Indian journal of veterinary science and animal husbandry - Volumes 28-29, 1958-1959
Year: 1958
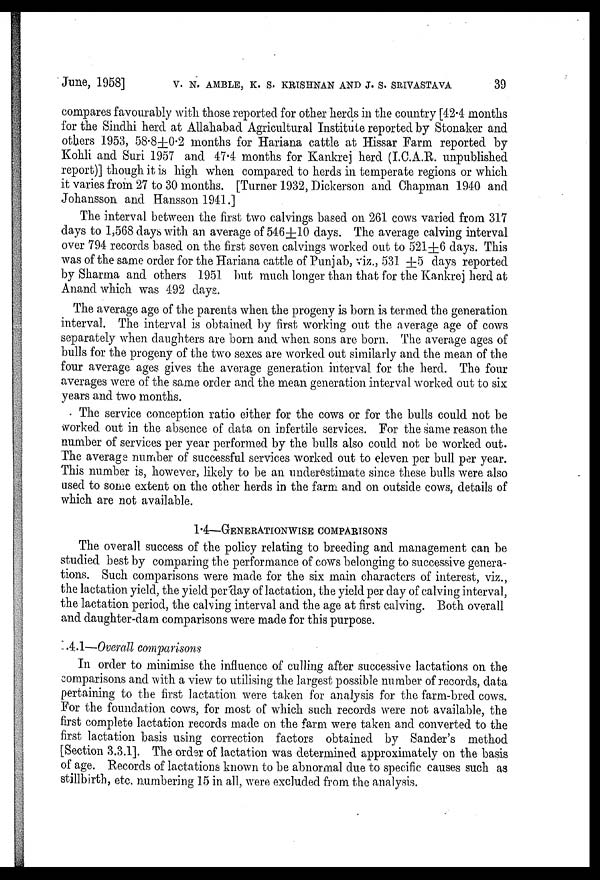
June, 1958] V. N. AMBLE, K. S. KRISENAN AND J. S. SRIVASTAVA 39
compares favourably with those reported for other herds in the country [42.4 months
for the Sindhi herd at Allahabad Agricultural Institute reported by Stonaker and
others 1953, 58.8±0.2 months for Hariana cattle at Hissar Farm reported by
Kohli and Suri 1957 and 47.4 months for Kankrej herd (I.C.A.R. unpublished
report)] though it is high when compared to herds in temperate regions or which
it varies from 27 to 30 months. [Turner 1932, Dickerson and Chapman 1940 and
Johansson and Hansson 1941.]
The interval between the first two calvings based on 261 cows varied from 317
days to 1,568 days with an average of 546±10 days. The average calving interval
over 794 records based on the first seven calvings worked out to 521±6 days. This
was of the same order for the Hariana cattle of Punjab, viz., 531 ±5 days reported
by Sharma and others 1951 but much longer than that for the Kankrej herd at
Anand which was 492 days.
The average age of the parents when the progeny is born is termed the generation
interval. The interval is obtained by first working out the average age of cows
separately when daughters are born and when sons are born. The average ages of
bulls for the progeny of the two sexes are worked out similarly and the mean of the
four average ages gives the average generation interval for the herd. The four
averages were of the same order and the mean generation interval worked out to six
years and two months.
The service conception ratio either for the cows or for the bulls could not be
worked out in the absence of data on infertile services. For the same reason the
number of services per year performed by the bulls also could not be worked out.
The average number of successful services worked out to eleven per bull per year.
This number is, however, likely to be an underestimate since these bulls were also
used to some extent on the other herds in the farm and on outside cows, details of
which are not available.
1.4—GENERATIONWISE COMPARISONS
The overall success of the policy relating to breeding and management can be
studied best by comparing the performance of cows belonging to successive genera-
tions. Such comparisons were made for the six main characters of interest, viz.,
the lactation yield, the yield per day of lactation, the yield per day of calving interval,
the lactation period, the calving interval and the age at first calving. Both overall
and daughter-dam comparisons were made for this purpose.
4.1—Overall comparisons
In order to minimise the influence of culling after successive lactations on the
comparisons and with a view to utilising the largest possible number of records, data
pertaining to the first lactation were taken for analysis for the farm-bred cows.
For the foundation cows, for most of which such records were not available, the
first complete lactation records made on the farm were taken and converted to the
first lactation basis using correction factors obtained by Sander's method
[Section 3.3.1]. The order of lactation was determined approximately on the basis
of age. Records of lactations known to be abnormal due to specific causes such as
stillbirth, etc. numbering 15 in all, were excluded from the analysis.